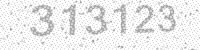
Solution: 313123